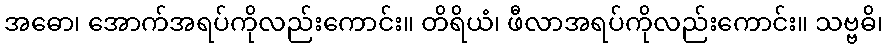
အဓော၊ အောက်အရပ်ကိုလည်းကောင်း။ တိရိယံ၊ ဖီလာအရပ်ကိုလည်းကောင်း။ သဗ္ဗဓိ၊